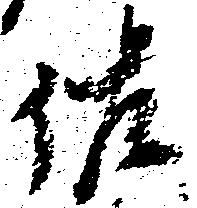
佐